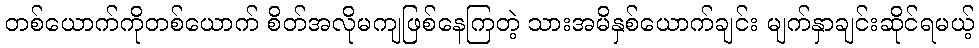
တစ်ယောက်ကိုတစ်ယောက် စိတ်အလိုမကျဖြစ်နေကြတဲ့ သားအမိနှစ်ယောက်ချင်း မျက်နှာချင်းဆိုင်ရမယ့်